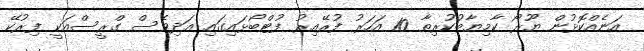
އަނެއްކޮޅުން ޔޫރޯ ކާމިޔާބުކުރިތާ 10 އަހަރު ފުރޭއިރު ފުޓްބޯޅައިގައި އަދިވެސް ގްރީސްއަކީ ފިރުކޭ